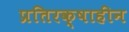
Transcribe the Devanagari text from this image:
प्रतिरक्षाहीन